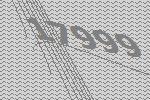
17999